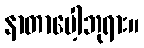
နာတာပေါ့ဘုရား။